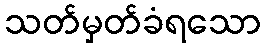
သတ်မှတ်ခံရသော